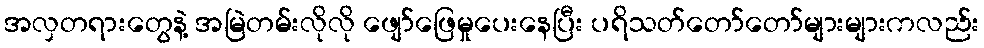
အလှတရားတွေနဲ့ အမြဲတမ်းလိုလို ဖျော်ဖြေမှုပေးနေပြီး ပရိသတ်တော်တော်များများကလည်း